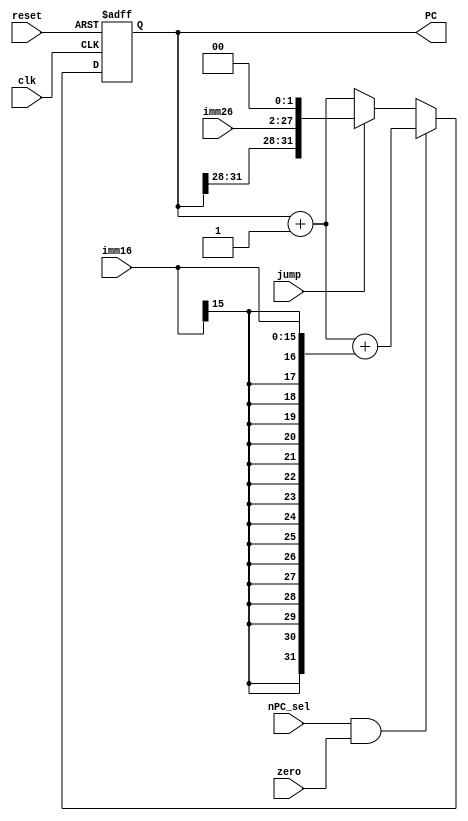
module PC(
input clk,
input reset,
input [15:0] imm16,
input [25:0] imm26,
input nPC_sel,
input zero,
input jump,
output reg [31:0] PC
);
wire [31:0]ext_imm = {{16{imm16[15]}}, imm16};

initial
begin
	PC = 0;
end

always @ (posedge clk or negedge reset)
begin
	if(reset == 0)
		PC <= 0;
	else 
	begin
		if(nPC_sel && zero)                
			PC <= (PC + 1 + ext_imm );
		else if(jump) 
			PC <= {PC[31:28], imm26, 2'b00};
		else 
			PC <= PC + 1;
	end
end
		
endmodule